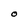
Character: O